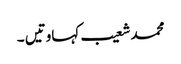
محمد شعیب	کہاوتیں ۔